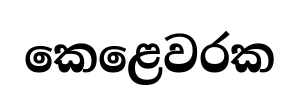
කෙළෙවරක